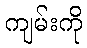
ကျမ်းကို